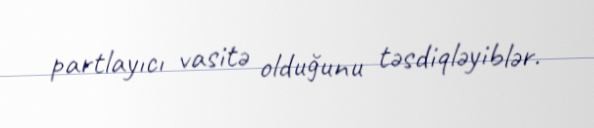
partlayıcı vasitə olduğunu təsdiqləyiblər.